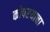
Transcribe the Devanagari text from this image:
कोपरयाचा